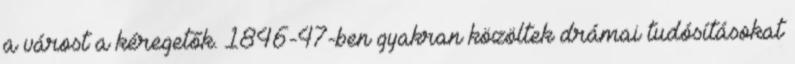
a várost a kéregetők. 1846-47-ben gyakran közöltek drámai tudósításokat